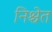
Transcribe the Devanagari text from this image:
निश्चेत